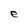
Character: e